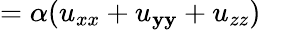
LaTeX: =\alpha(u_{xx}+u_{\mathbf{y}\mathbf{y}}+u_{zz})\quad